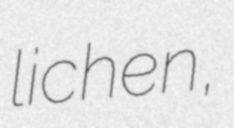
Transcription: lichen,